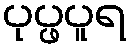
ပုပ္ဖပူရ